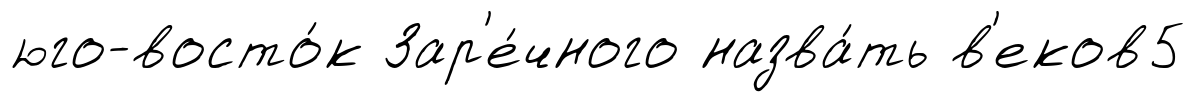
юго-восто́к Зар'е́чного назва́ть в'еков5